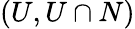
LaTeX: (U,U\cap N)